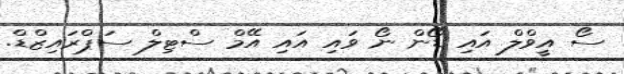
ސޯ އީވްލް އައި ޑޯން ނޯ ވައި އައި އޭމް ސްޓިލް ސަޕްރައިޒްޑް.